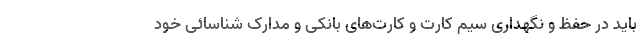
باید در حفظ و نگهداری سیم کارت و کارت‌های بانکی و مدارک شناسائی خود